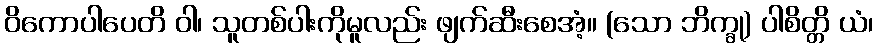
ဝိကောပါပေတိ ဝါ၊ သူတစ်ပါးကိုမူလည်း ဖျက်ဆီးစေအံ့။ (သော ဘိက္ခု) ပါစိတ္တိ ယံ၊